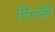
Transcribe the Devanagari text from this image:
तिनकी